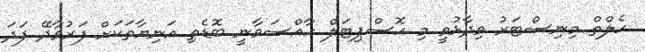
ހެލްތް މިނިސްޓަރު ވިދާޅުވީ މި ހޮސްޕިޓަލް ހާއްސަވާނީ ބޮޑެތި އަނިޔާތަކަށް ފަރުވާދޭ ފަދަ